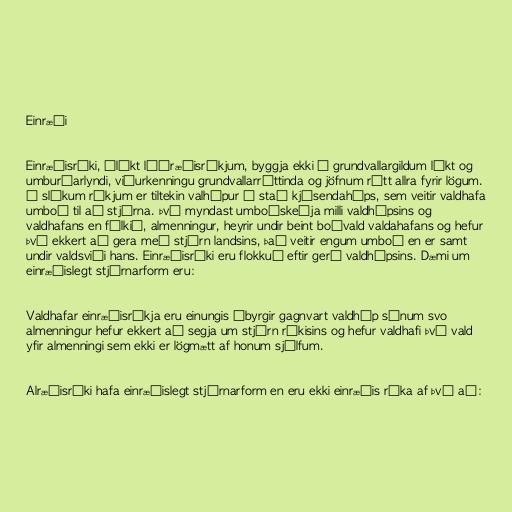
Einræði

Einræðisríki, ólíkt lýðræðisríkjum, byggja ekki á grundvallargildum líkt og
umburðarlyndi, viðurkenningu grundvallarréttinda og jöfnum rétt allra fyrir lögum.
Í slíkum ríkjum er tiltekin valhópur í stað kjósendahóps, sem veitir valdhafa
umboð til að stjórna. Því myndast umboðskeðja milli valdhópsins og
valdhafans en fólkið, almenningur, heyrir undir beint boðvald valdahafans og hefur
því ekkert að gera með stjórn landsins, það veitir engum umboð en er samt
undir valdsviði hans. Einræðisríki eru flokkuð eftir gerð valdhópsins. Dæmi um
einræðislegt stjórnarform eru:

Valdhafar einræðisríkja eru einungis ábyrgir gagnvart valdhóp sínum svo
almenningur hefur ekkert að segja um stjórn ríkisins og hefur valdhafi því vald
yfir almenningi sem ekki er lögmætt af honum sjálfum.

Alræðisríki hafa einræðislegt stjórnarform en eru ekki einræðis ríka af því að: